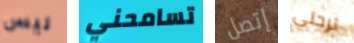
ليس تسامحني إتصل ترحلي